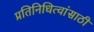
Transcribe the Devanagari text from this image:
प्रतिनिधित्वांसाठी